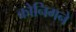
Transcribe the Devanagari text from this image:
कोनिगने